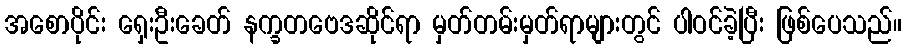
အစောပိုင်း ရှေးဦးခေတ် နက္ခတဗေဒဆိုင်ရာ မှတ်တမ်းမှတ်ရာများတွင် ပါဝင်ခဲ့ပြီး ဖြစ်ပေသည်။